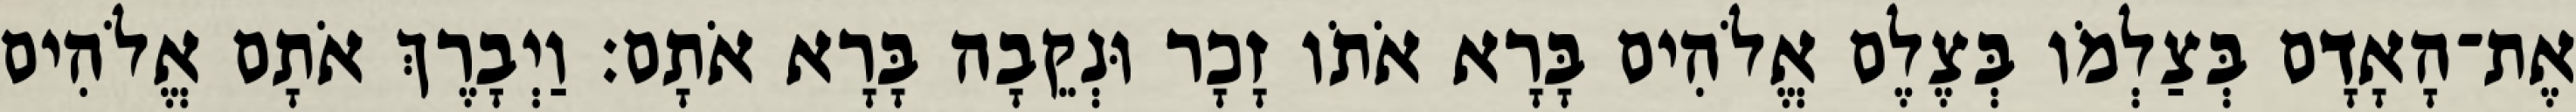
אֶת־הָאָדָם בְּצַלְמֹו בְּצֶלֶם אֱלֹהִים בָּרָא אֹתֹו זָכָר וּנְקֵבָה בָּרָא אֹתָם׃ וַיְבָרֶךְ אֹתָם אֱלֹהִים